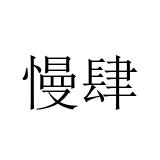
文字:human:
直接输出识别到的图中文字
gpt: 慢肆